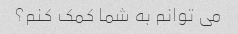
می توانم به شما کمک کنم؟